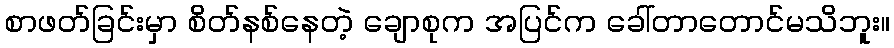
စာဖတ်ခြင်းမှာ စိတ်နစ်နေတဲ့ ချောစုက အပြင်က ခေါ်တာတောင်မသိဘူး။